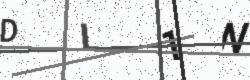
Text: DL1N